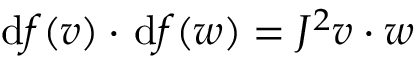
\! \mathrm { d } f ( \boldsymbol { v } ) \cdot \; \! \mathrm { d } f ( \boldsymbol { w } ) = J ^ { 2 } \boldsymbol { v } \cdot \boldsymbol { w }